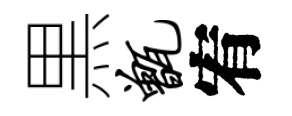
黒甑宥